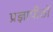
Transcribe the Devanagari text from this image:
प्रज्ञापीठों